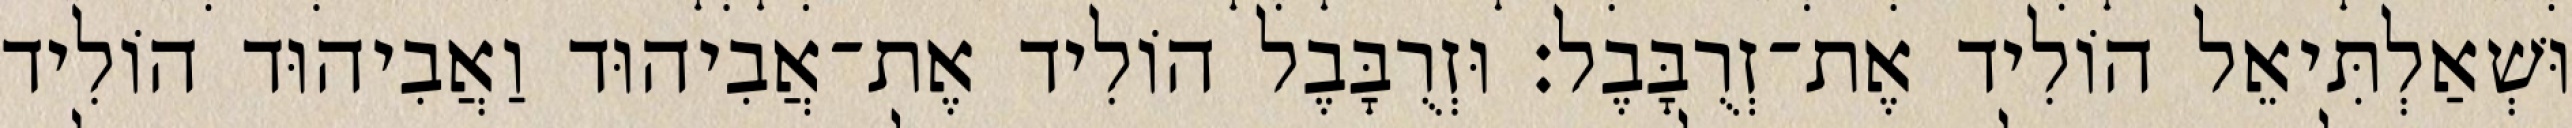
וּשְׁאַלְתִּיאֵל הוֹלִיד אֶת־זְרֻבָּבֶל׃ וּזְרֻבָּבֶל הוֹלִיד אֶת־אֲבִיהוּד וַאֲבִיהוּד הוֹלִיד